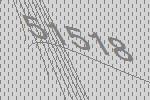
51518